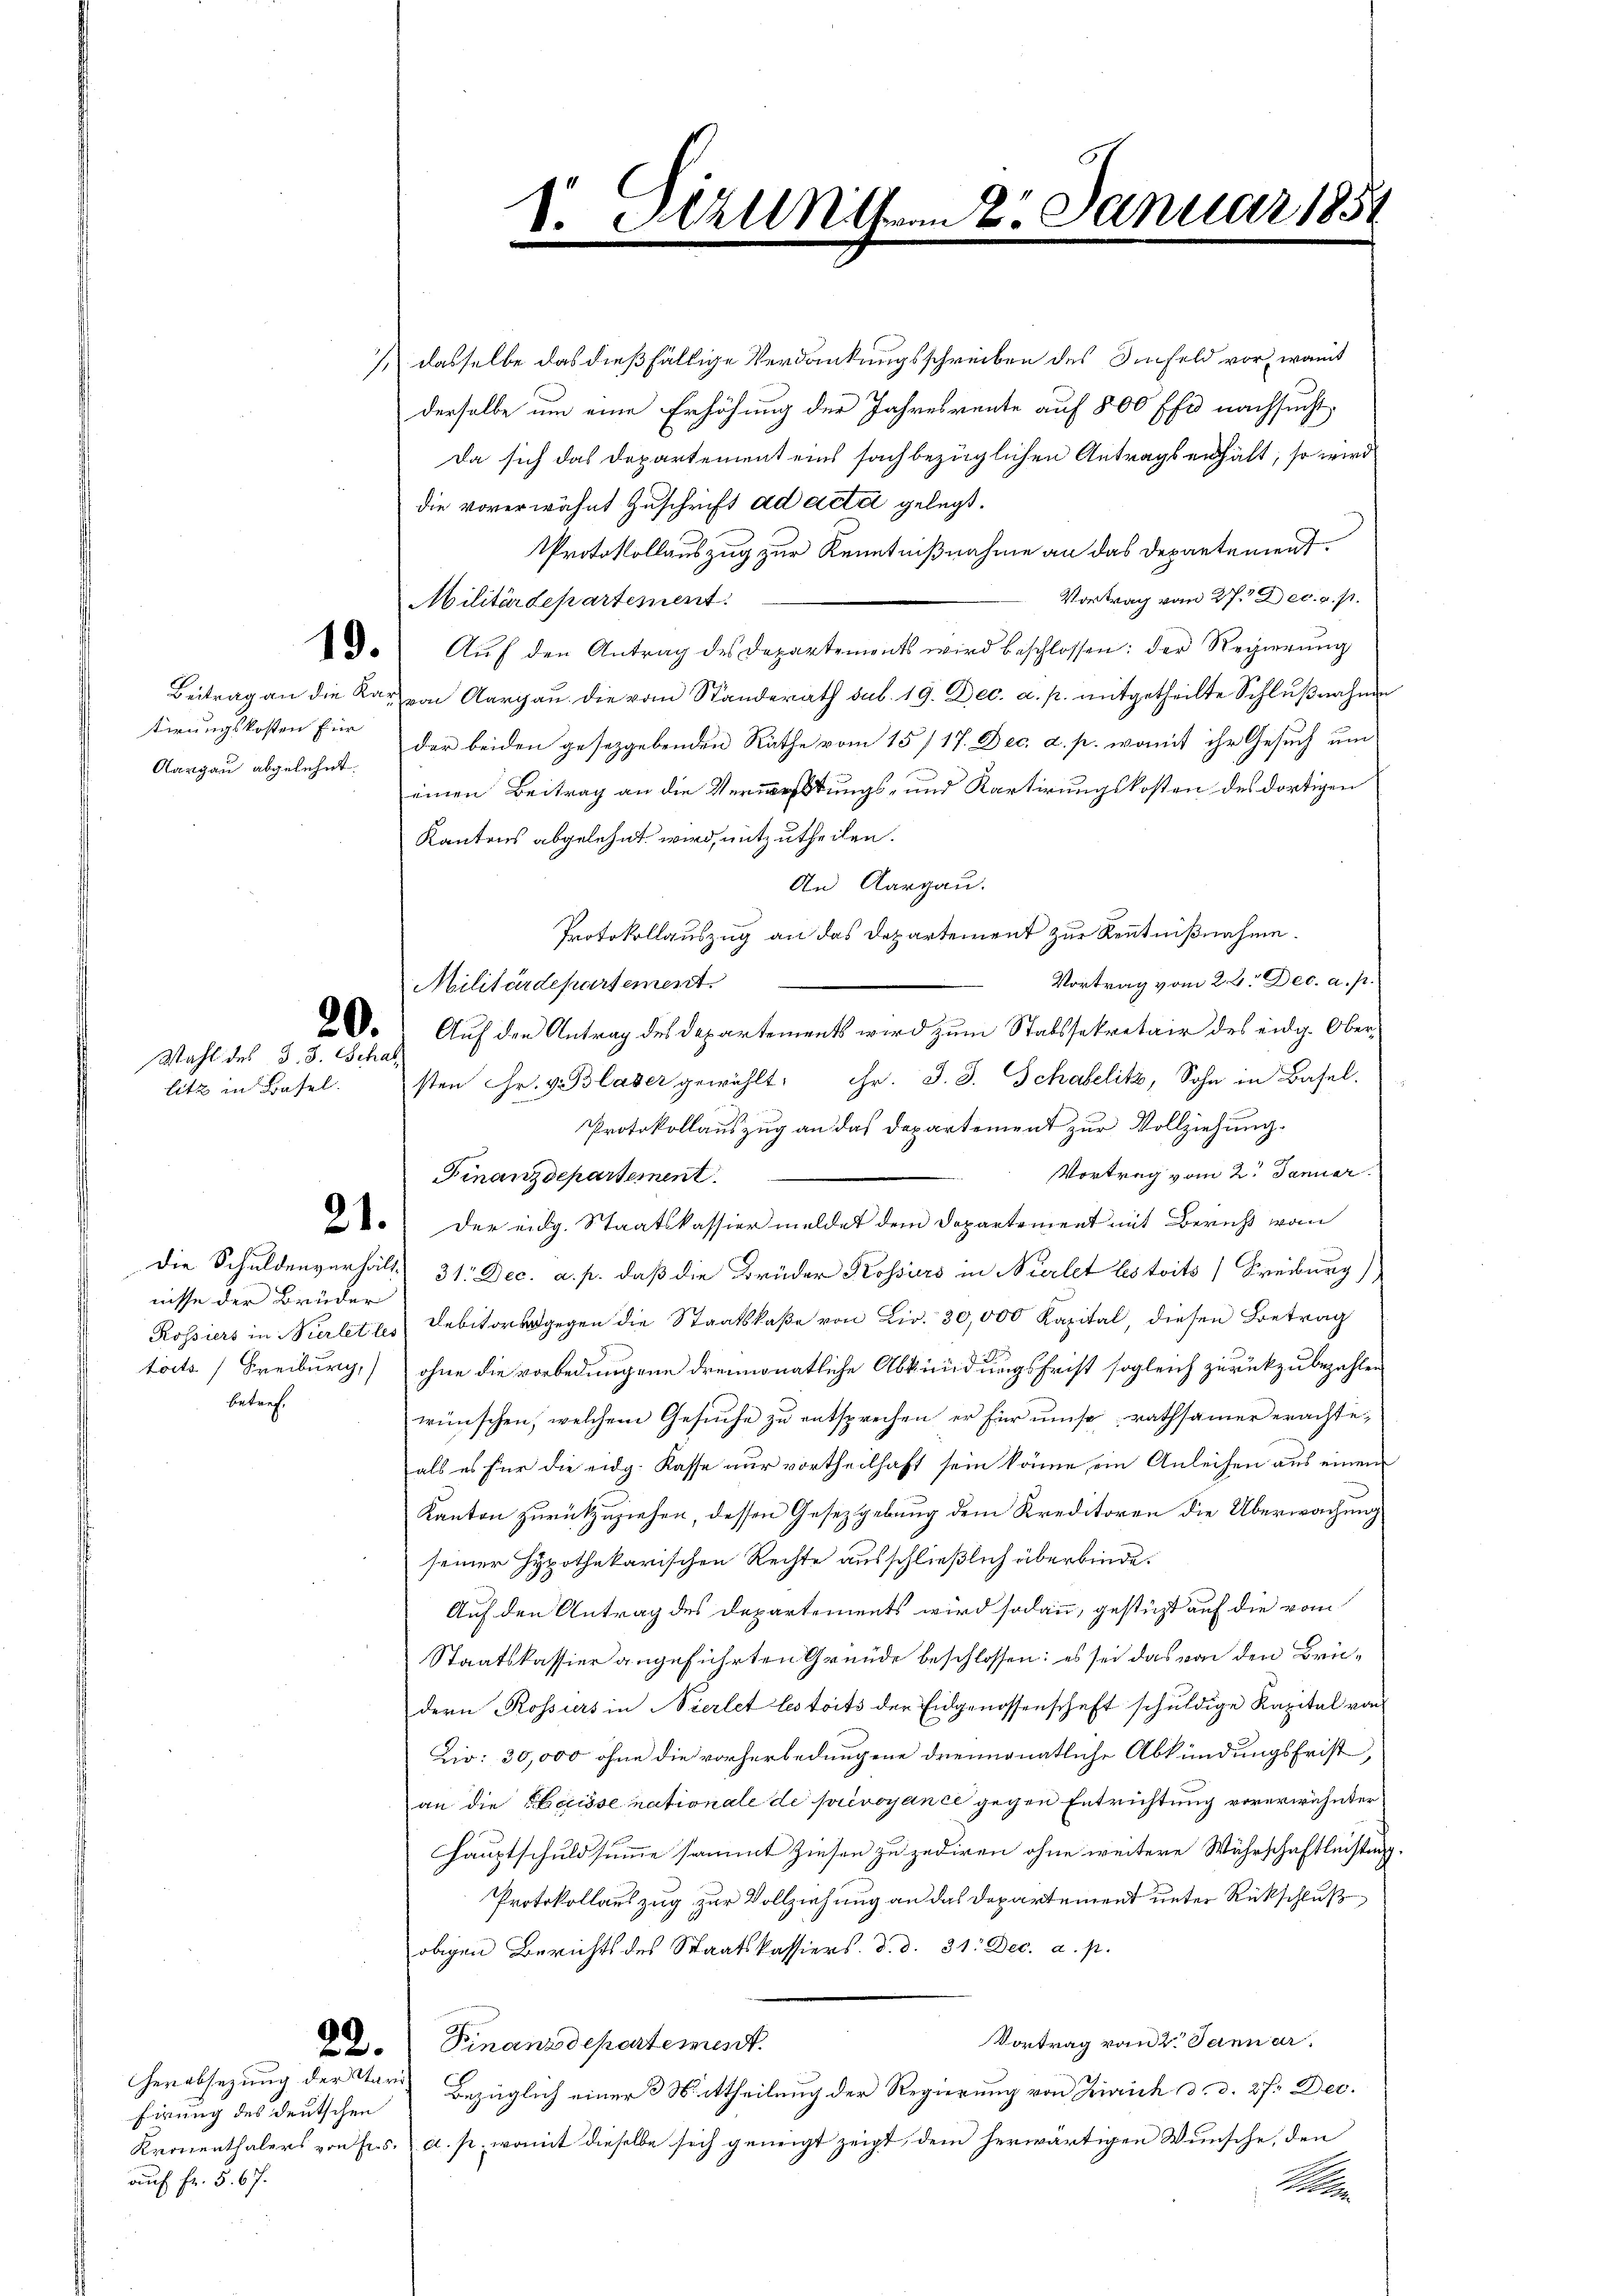
tirungskosten für
Aargau abgelehnt.

Wahl des J. J. Schal
litz in Basel.

nisse der Brüder
betref¬

Herabsetzung der Mari
Firung des deutschen
auf Fr. 5. 67.

S. Malerm 2. Januar 1854
.
e

dasselbe das dießfällige Verdankungsschreiben des Infeld vor, womit
derselbe um eine Erhöhung der Jahresrente auf 800 ff. nachsucht,
Da sich das Departement eins sachbezüglichen Antrags erhält, so wird
die vorerwähnt Zuschrift ad acta gelegt.
Protokollauszug zur Kenntnißnahme an das Departement.
Vortrag vom 27. Dec. a. p.
Militärdepartement.
8. Aŭf den Antrag des Departements wird beschlossen: der Regierŭng
Beitrag an die Karvon Aargau die vom Standerath sub. 19. Dec. a. p. mitgetheilte Schlŭβnahme
der beiden gesetzgebenden Räthe vom 15./17. Dec. a. p. womit ihr Gesuch um
einen Beitrag an die Verweistungs- und Kartirungskosten des dortigen
Kantons abgelehnt wird, mitzutheilen.
An Aargau.
Protokollauszug an das Departement zur Kenntnißnahme.
Vortrag vom 22. Dec. a. p.
Militärdepartement.
D. Auf den Antrag des Departements wird zum Statssekretair des eidg. Obersten Fr. v. Blaser gewählt: Hr. J. J. Schabelitz, Sohn in Basel.
Protokollauszug an das Departement zur Vollziehung.
Vortrag vom 2. Januar.
Finanzdepartement
27. Der eidg. Staatskassier meldet dem Departement mit Bericht von
Die Schuldenverhält 31. Dec. a. p. daß die Brüder Kossurs in Wierlet les toits Freiburg)
Rossiers in Vierlet les Debitors gegen die Staatskaße von Lir. 30,000 Kapital, diesen Betrag
toits (Freiburg, ohne die vorbedungene dreimonatliche Abkündungsfrist sogleich zurückzubezahlen
wünschen, welchem Gesuche zu entsprechen er für unserathsamer erachte,
als es für die eidg. Kasse nur vortheilhaft sein könne ein Anleihen aus einem
Kanton zurückzuziehen, dessen Gesetzgebung dem Kreditoren die Überwachung
seiner Hypothekarischen Rechte ausschließlich überbinde.
Auf den Antrag des Departements wird sodann, gestüzt auf die vom
Staatskassier angeführten Gründe beschlossen: es sei das von den Brüdern Rossers in Vierlet les toits der Eidgenossenschaft schuldige Kapital von
Lio: 30,000 ohne die vorherbedungene dreimonatliche Abkündungsfrist,
an die Herisse nationale de privoyance gegen Entrichtung vorerwähnter
Hauptschuldsumme sammt ziehen zu zediren ohne weitere Währschaftlichtung
Protokollauszug zur Vollziehung an das Departement unter Rückschluß
obigen Berichts des Staatskassiers. d. d. 31. Dec. a. p.
Vortrag vom 2. Januar
22. Finanzdepartemess
Bezüglich einer 3 Mittheilung der Regierung von Zürich d. d. 27. Dec.
Kronenthalers von Fr. 5. a. p. womit dieselbe sich geneigt zeigt, dem herwärtigen Wunsche, den
A